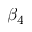
\beta _ { 4 }